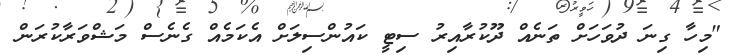
"މިހާ ގިނަ ދުވަހަށް ތަނެއް ދޫކުރާއިރު ސިޓީ ކައުންސިލަށް އެކަމެއް ގެނެސް މަޝްވަރާކުރަން